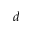
d